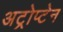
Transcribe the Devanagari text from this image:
अट्रोप्टेन